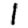
Digit: 1